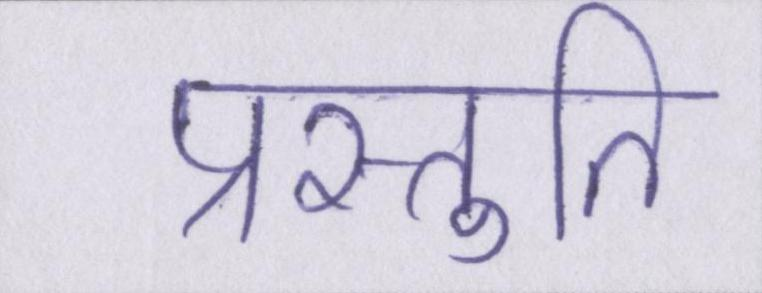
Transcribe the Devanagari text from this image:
प्रस्तुति